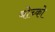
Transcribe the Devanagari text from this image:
बोच्को